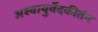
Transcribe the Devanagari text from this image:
अश्वायुर्वेदकीर्तन